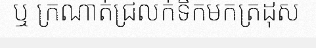
ឬ ក្រណាត់ជ្រលក់ទឹកមកត្រដុស